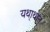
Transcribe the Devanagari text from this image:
यथा्थान